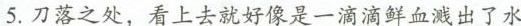
5.刀落之处，看上去就好像是一滴滴鲜血溅出了水